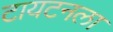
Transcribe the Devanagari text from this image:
टायटनला